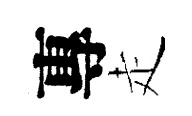
專走